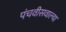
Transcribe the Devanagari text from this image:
पंचवीसवाल्या